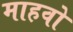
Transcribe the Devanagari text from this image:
माहवो